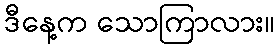
ဒီနေ့က သောကြာလား။